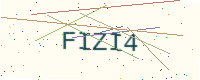
Text: FIZI4